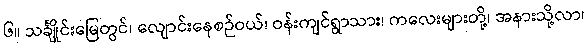
၆။ သင်္ချိုင်းမြေတွင်၊ လျောင်းနေစဉ်ဝယ်၊ ဝန်းကျင်ရွာသား၊ ကလေးများတို့၊ အနားသို့လာ၊